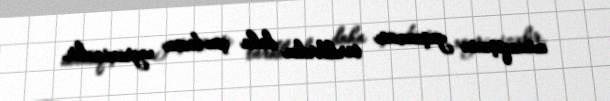
münaqişənin yaşanması türklərdən daha çox bizim xeyrimizədir.